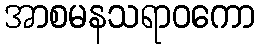
အာစမနသရာဝကော